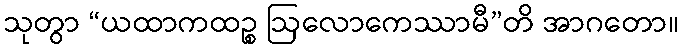
သုတွာ “ယထာကထဉ္စ ဩလောကေဿာမီ”တိ အာဂတော။